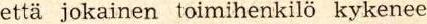
että jokainen toimihenkilö kykenee